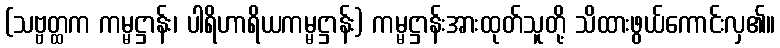
(သဗ္ဗတ္ထက ကမ္မဋ္ဌာန်း၊ ပါရိဟာရိယကမ္မဋ္ဌာန်း) ကမ္မဋ္ဌာန်းအားထုတ်သူတို့ သိထားဖွယ်ကောင်းလှ၏။